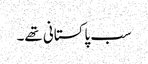
سب پاکستانی تھے۔